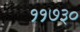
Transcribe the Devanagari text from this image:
११७३०